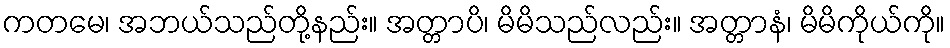
ကတမေ၊ အဘယ်သည်တို့နည်း။ အတ္တာပိ၊ မိမိသည်လည်း။ အတ္တာနံ၊ မိမိကိုယ်ကို။